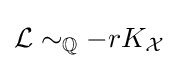
{\mathcal {L}}\sim _{\mathbb {Q} }-rK_{\mathcal {X}}